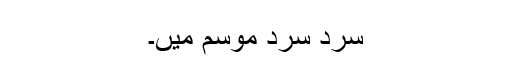
سرد سرد موسم میں۔